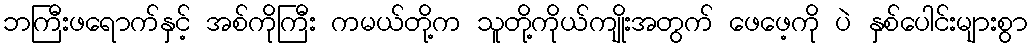
ဘကြီးဖရောက်နှင့် အစ်ကိုကြီး ကမယ်တို့က သူတို့ကိုယ်ကျိုးအတွက် ဖေဖေ့ကို ပဲ နှစ်ပေါင်းများစွာ